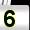
Digit: 5